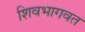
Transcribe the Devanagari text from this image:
शिवभागवत